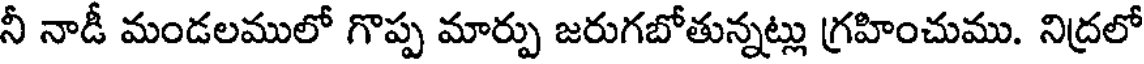
నీ నాడీ మండలములో గొప్ప మార్పు జరుగబోతున్నట్లు గ్రహించుము. నిద్రలో